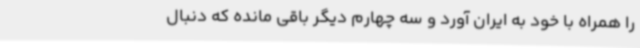
را همراه با خود به ایران آورد و سه چهارم دیگر باقی مانده که دنبال